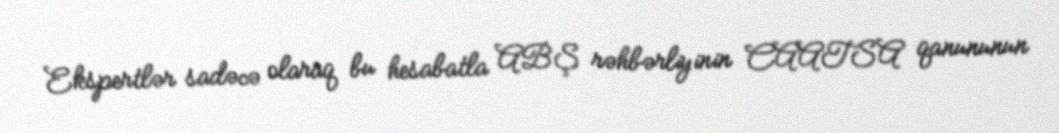
Ekspertlər sadəcə olaraq bu hesabatla ABŞ rəhbərliyinin CAATSA qanununun